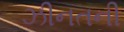
ઝીનતની